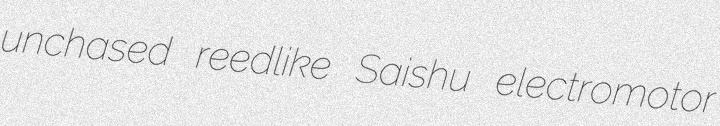
unchased reedlike Saishu electromotor